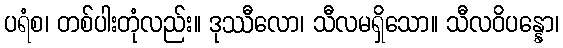
ပရံစ၊ တစ်ပါးတုံလည်း။ ဒုဿီလော၊ သီလမရှိသော။ သီလဝိပန္နော၊